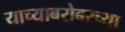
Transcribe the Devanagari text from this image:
याच्याबरोबरच्या